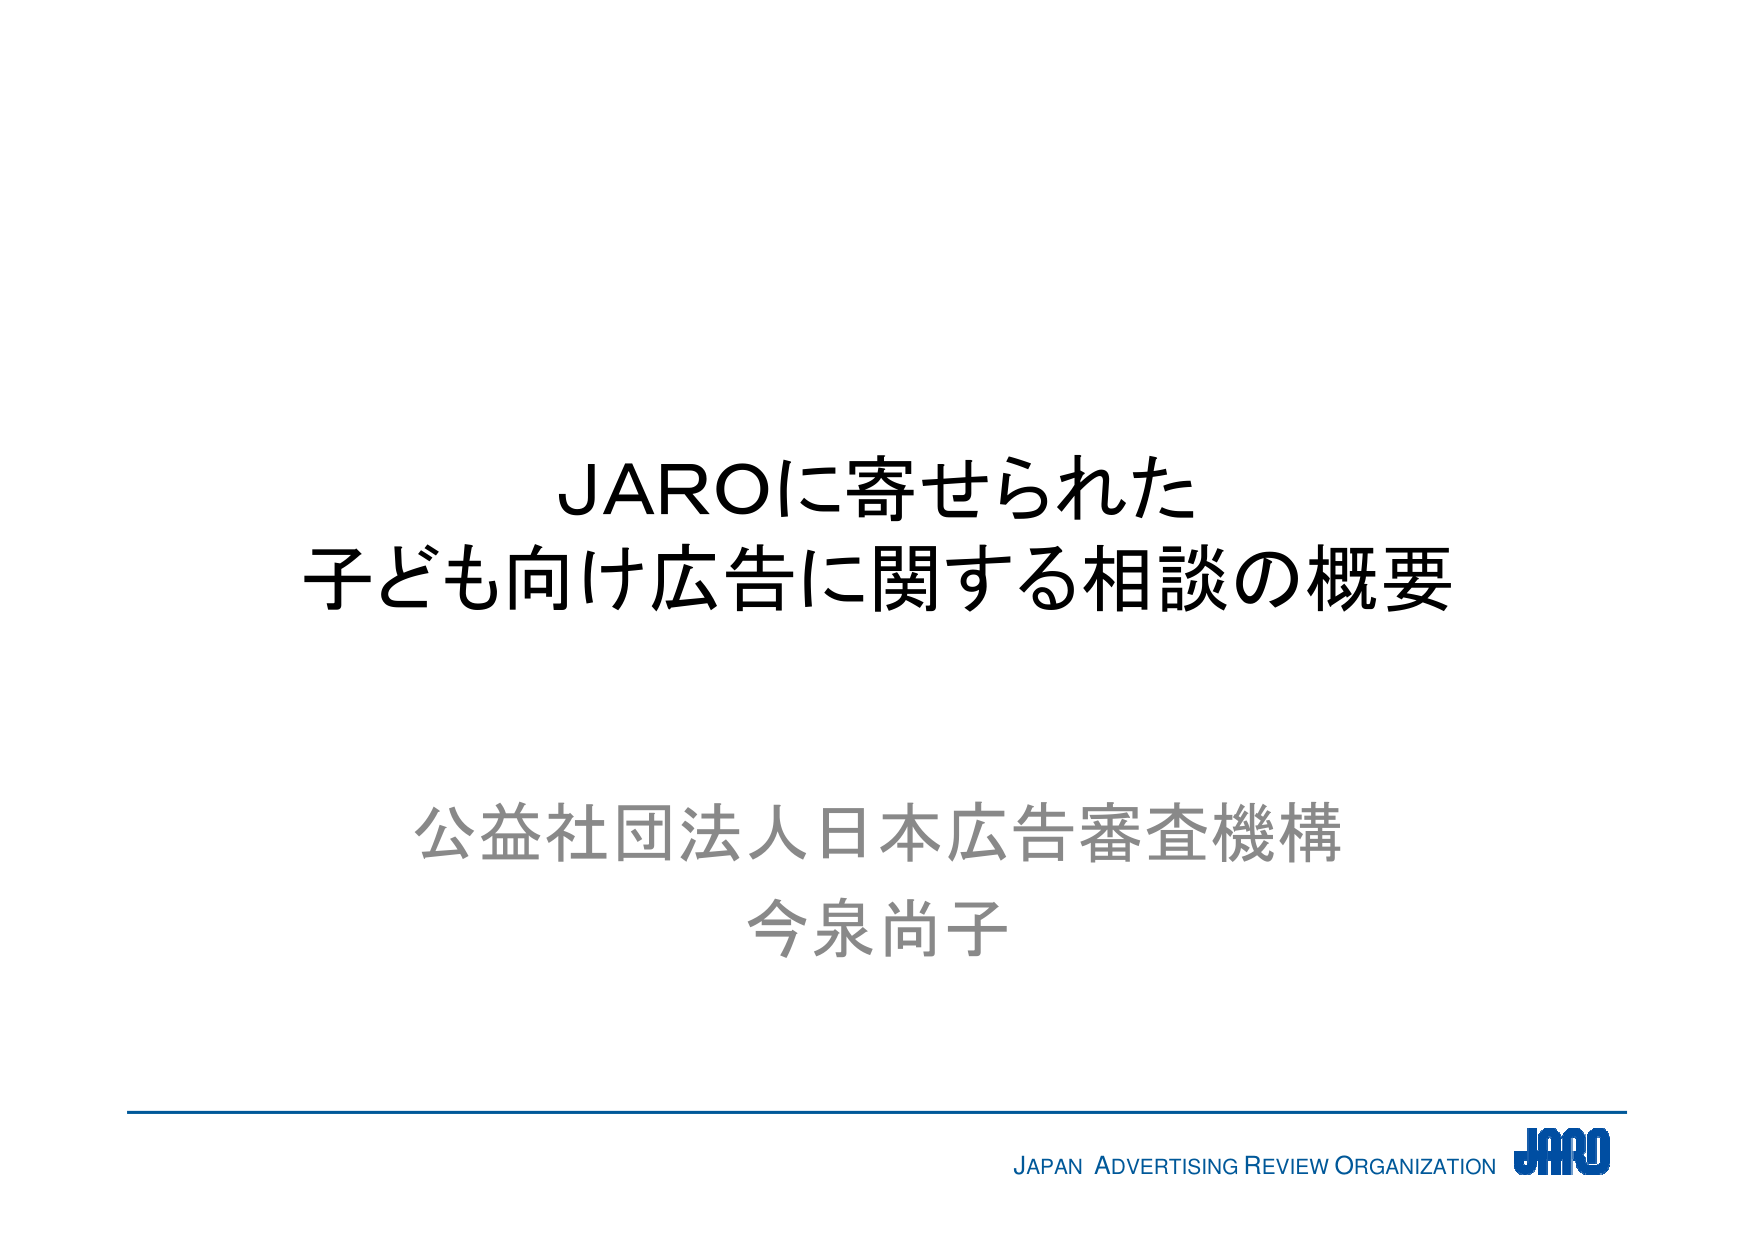
JAROに寄せられた
子ども向け広告に関する相談の概要

公益社団法人日本広告審査機構
今泉尚子

JAPAN ADVERTISING REVIEW ORGANIZATION JARO